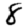
Digit: 8